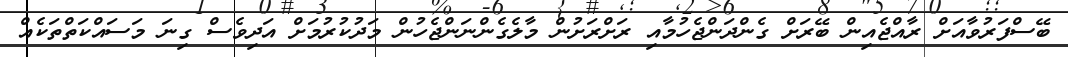
ބޭސްފަރުވާއަށް ރާއްޖެއިން ބޭރަށް ގެންދަންޖެހުމާއި ރަށްރަށުން މާލެގެންނަންޖެހުން މަދުކުރުމަށް އަދިވެސް ގިނަ މަސައްކަތްތަކެއް